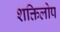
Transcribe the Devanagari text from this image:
शक्तिलोप